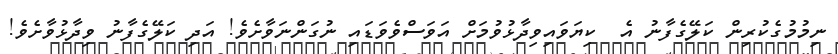
ނިމުމުގެކުރިން ކަލޭގެފާނު އެ  ކިޔަވައިވިދާޅުވުމަށް އަވަސްވެވަޑައި ނުގަންނަވާށެވެ! އަދި ކަލޭގެފާނު ވިދާޅުވާށެވެ!